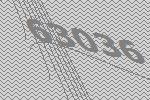
63036